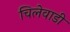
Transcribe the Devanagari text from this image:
चिलेवाडी